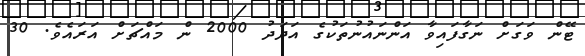
ޓޭން ވަގަށް ނަގާފައިވާ އަންނައުނުތަކުގެ އަދަދު 2000 ން މައްޗަށް އަރައެވެ. 30